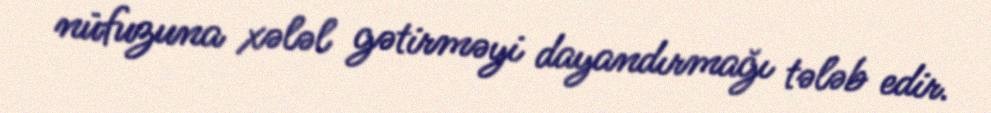
nüfuzuna xələl gətirməyi dayandırmağı tələb edir.